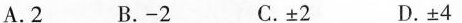
A.2 B.-2 C.±2 D.±4